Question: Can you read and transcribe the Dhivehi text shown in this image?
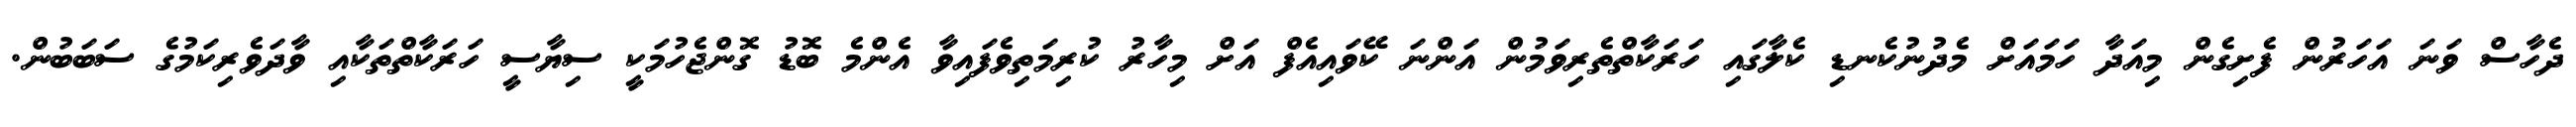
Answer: ދެހާސް ވަނަ އަހަރުން ފެށިގެން މިއަދާ ހަމައަށް މެދުނުކެނޑި ކެލާގައި ހަރަކާތްތެރިވަމުން އަންނަ ކޭވައިއެފް އަށް މިހާރު ކުރިމަތިވެފައިވާ އެންމެ ބޮޑު ގޮންޖެހުމަކީ ސިޔާސީ ހަރަކާތްތަކާއި ވާދަވެރިކަމުގެ ސަބަބުން.